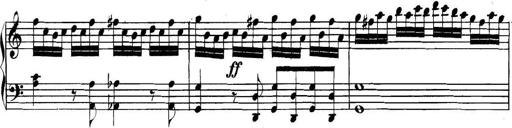
Title: Collected Piano Sonatas
Composer: Muzio Clementi